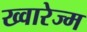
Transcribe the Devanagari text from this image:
ख्वारेज्म